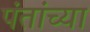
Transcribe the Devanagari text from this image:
पंतांच्या